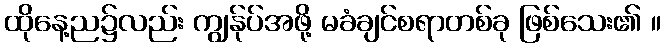
ထိုနေ့ည၌လည်း ကျွန်ုပ်အဖို့ မခံချင်စရာတစ်ခု ဖြစ်သေး၏ ။